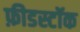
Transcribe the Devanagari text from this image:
फ़ीडस्टॉक